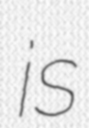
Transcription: is